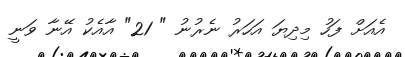
އެއަށް ފަހު މިދިޔަ އަހަރު ނެރުނު " 21" އާއެކު އޭނާ ވަނީ